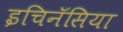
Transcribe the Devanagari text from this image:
इचिनॅसिया